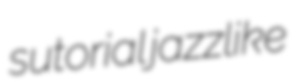
sutorial jazzlike